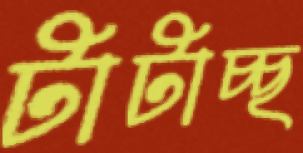
টাটাচ্ছ